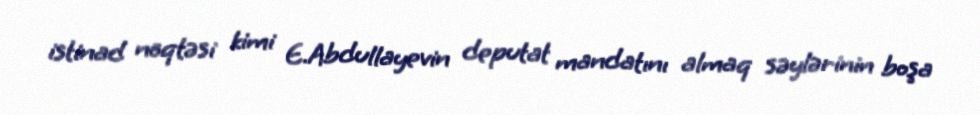
istinad nöqtəsi kimi E.Abdullayevin deputat mandatını almaq səylərinin boşa